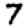
Digit: 7